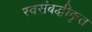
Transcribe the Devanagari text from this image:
स्वसंबद्धीकृत